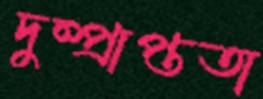
দুষ্প্রাপ্ততা